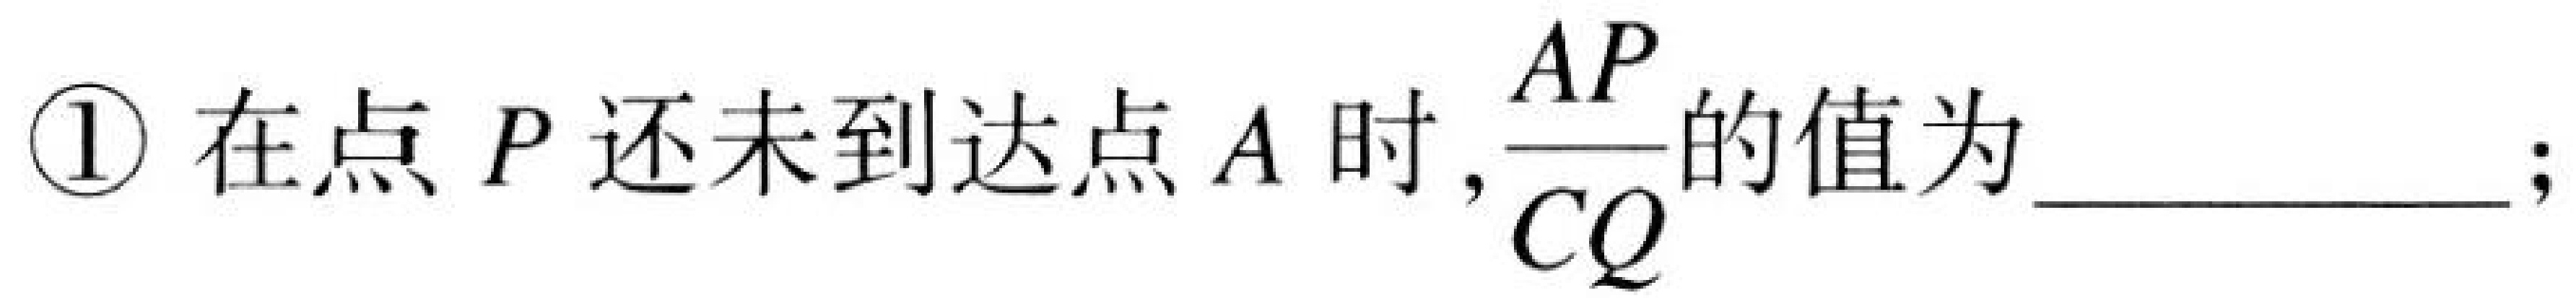
\textcircled{1} 在点 \(P\) 还未到达点 \(A\) 时，\(\dfrac{AP}{CQ}\)的值为  ；